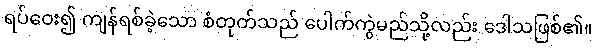
ရပ်ဝေး၍ ကျန်ရစ်ခဲ့သော စံတုတ်သည် ပေါက်ကွဲမည်သို့လည်း ဒေါသဖြစ်၏။